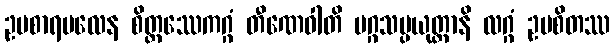
ဥပစာရဗလေန စိတ္တဿေကဂ္ဂံ တီဏေဝါတိ မဂ္ဂသမ္ပယုတ္တာနိ လဂ္ဂံ ဥပစိတဿ